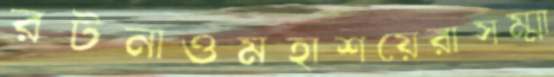
রটনাওমহাশয়েরাসম্মা